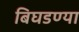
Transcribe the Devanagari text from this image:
बिघडण्या